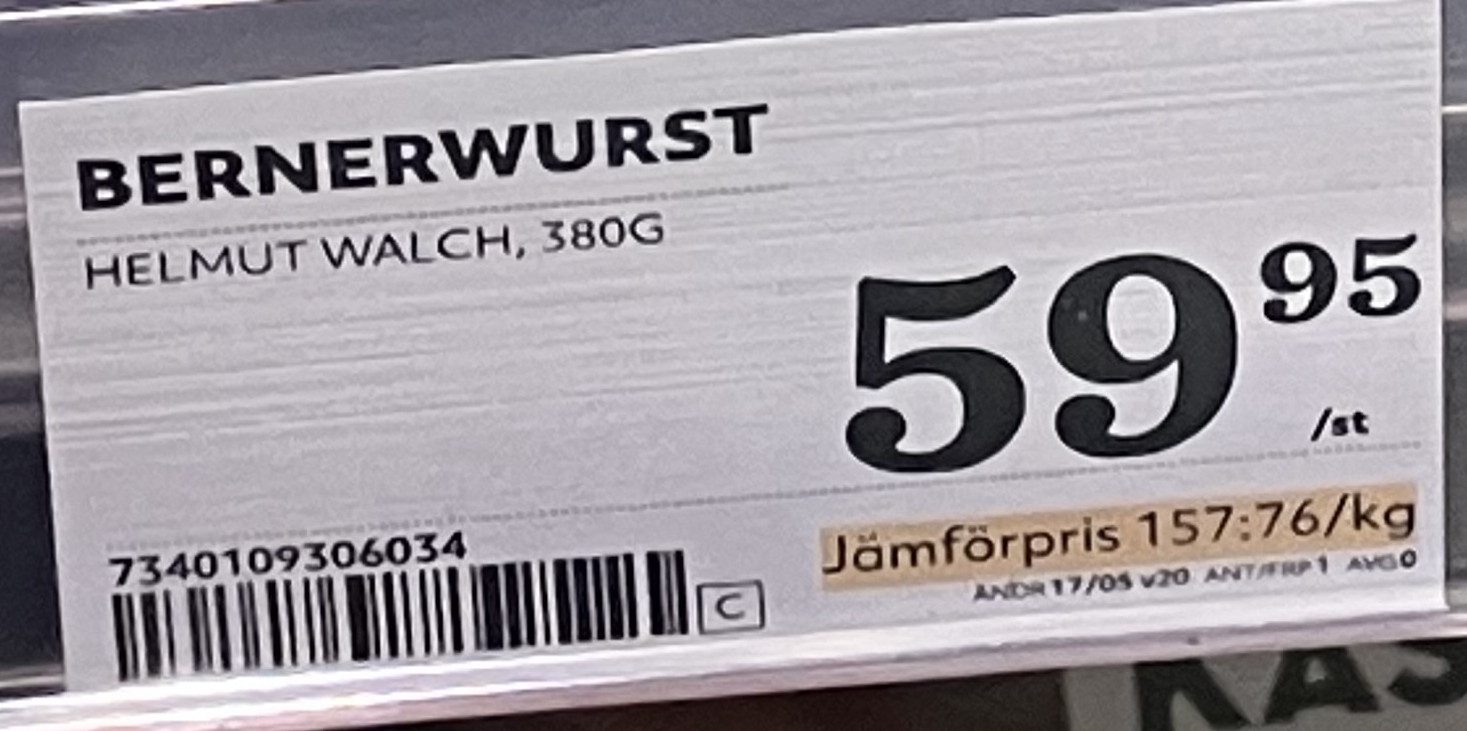
Vara: Bernerwurst
Genomsnittspris: 157.76 per kg